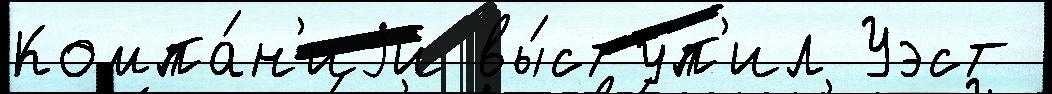
Компа́н'иjи вы́ступ'ил Уэст